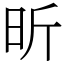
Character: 昕